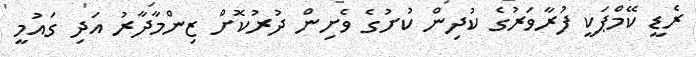
ރެޑީ ކޭމްޕަކީ ފުރާވަރުގެ ކުދިން ކުށުގެ ވެށިން ދުރުކޮށް ޒިންމާދާރު އަދި ގައުމީ